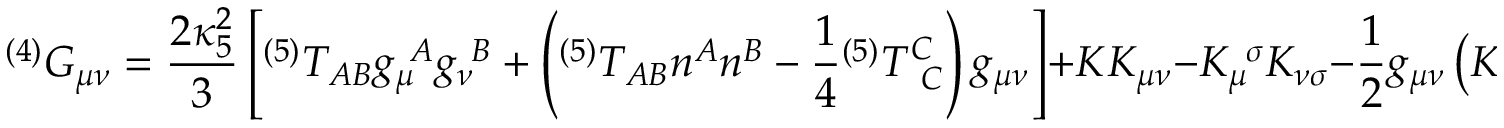
{ } ^ { ( 4 ) } G _ { \mu \nu } = { \frac { 2 \kappa _ { 5 } ^ { 2 } } { 3 } } \left[ { } ^ { ( 5 ) } T _ { A B } g _ { \mu } ^ { ~ A } g _ { \nu } ^ { ~ B } + \left( { } ^ { ( 5 ) } T _ { A B } n ^ { A } n ^ { B } - { \frac { 1 } { 4 } } { } ^ { ( 5 ) } T _ { ~ C } ^ { C } \right) g _ { \mu \nu } \right] + K K _ { \mu \nu } - K _ { \mu } ^ { ~ \sigma } K _ { \nu \sigma } - { \frac { 1 } { 2 } } g _ { \mu \nu } \left( K ^ { 2 } - K ^ { \alpha \beta } K _ { \alpha \beta } \right) - E _ { \mu \nu } ,